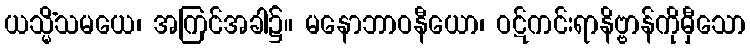
ယသ္မိံသမယေ၊ အကြင်အခါ၌။ မနောဘာဝနီယော၊ ဝဋ်ကင်းရာနိဗ္ဗာန်ကိုမှီသော